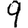
Digit: 9